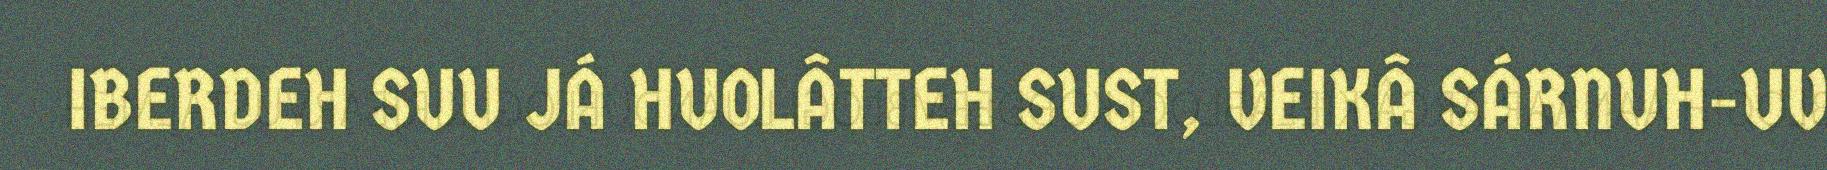
IBERDEH SUU JÁ HUOLÂTTEH SUST, VEIKÂ SÁRNUH-UV